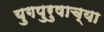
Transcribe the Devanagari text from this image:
युगपुरुषाच्या